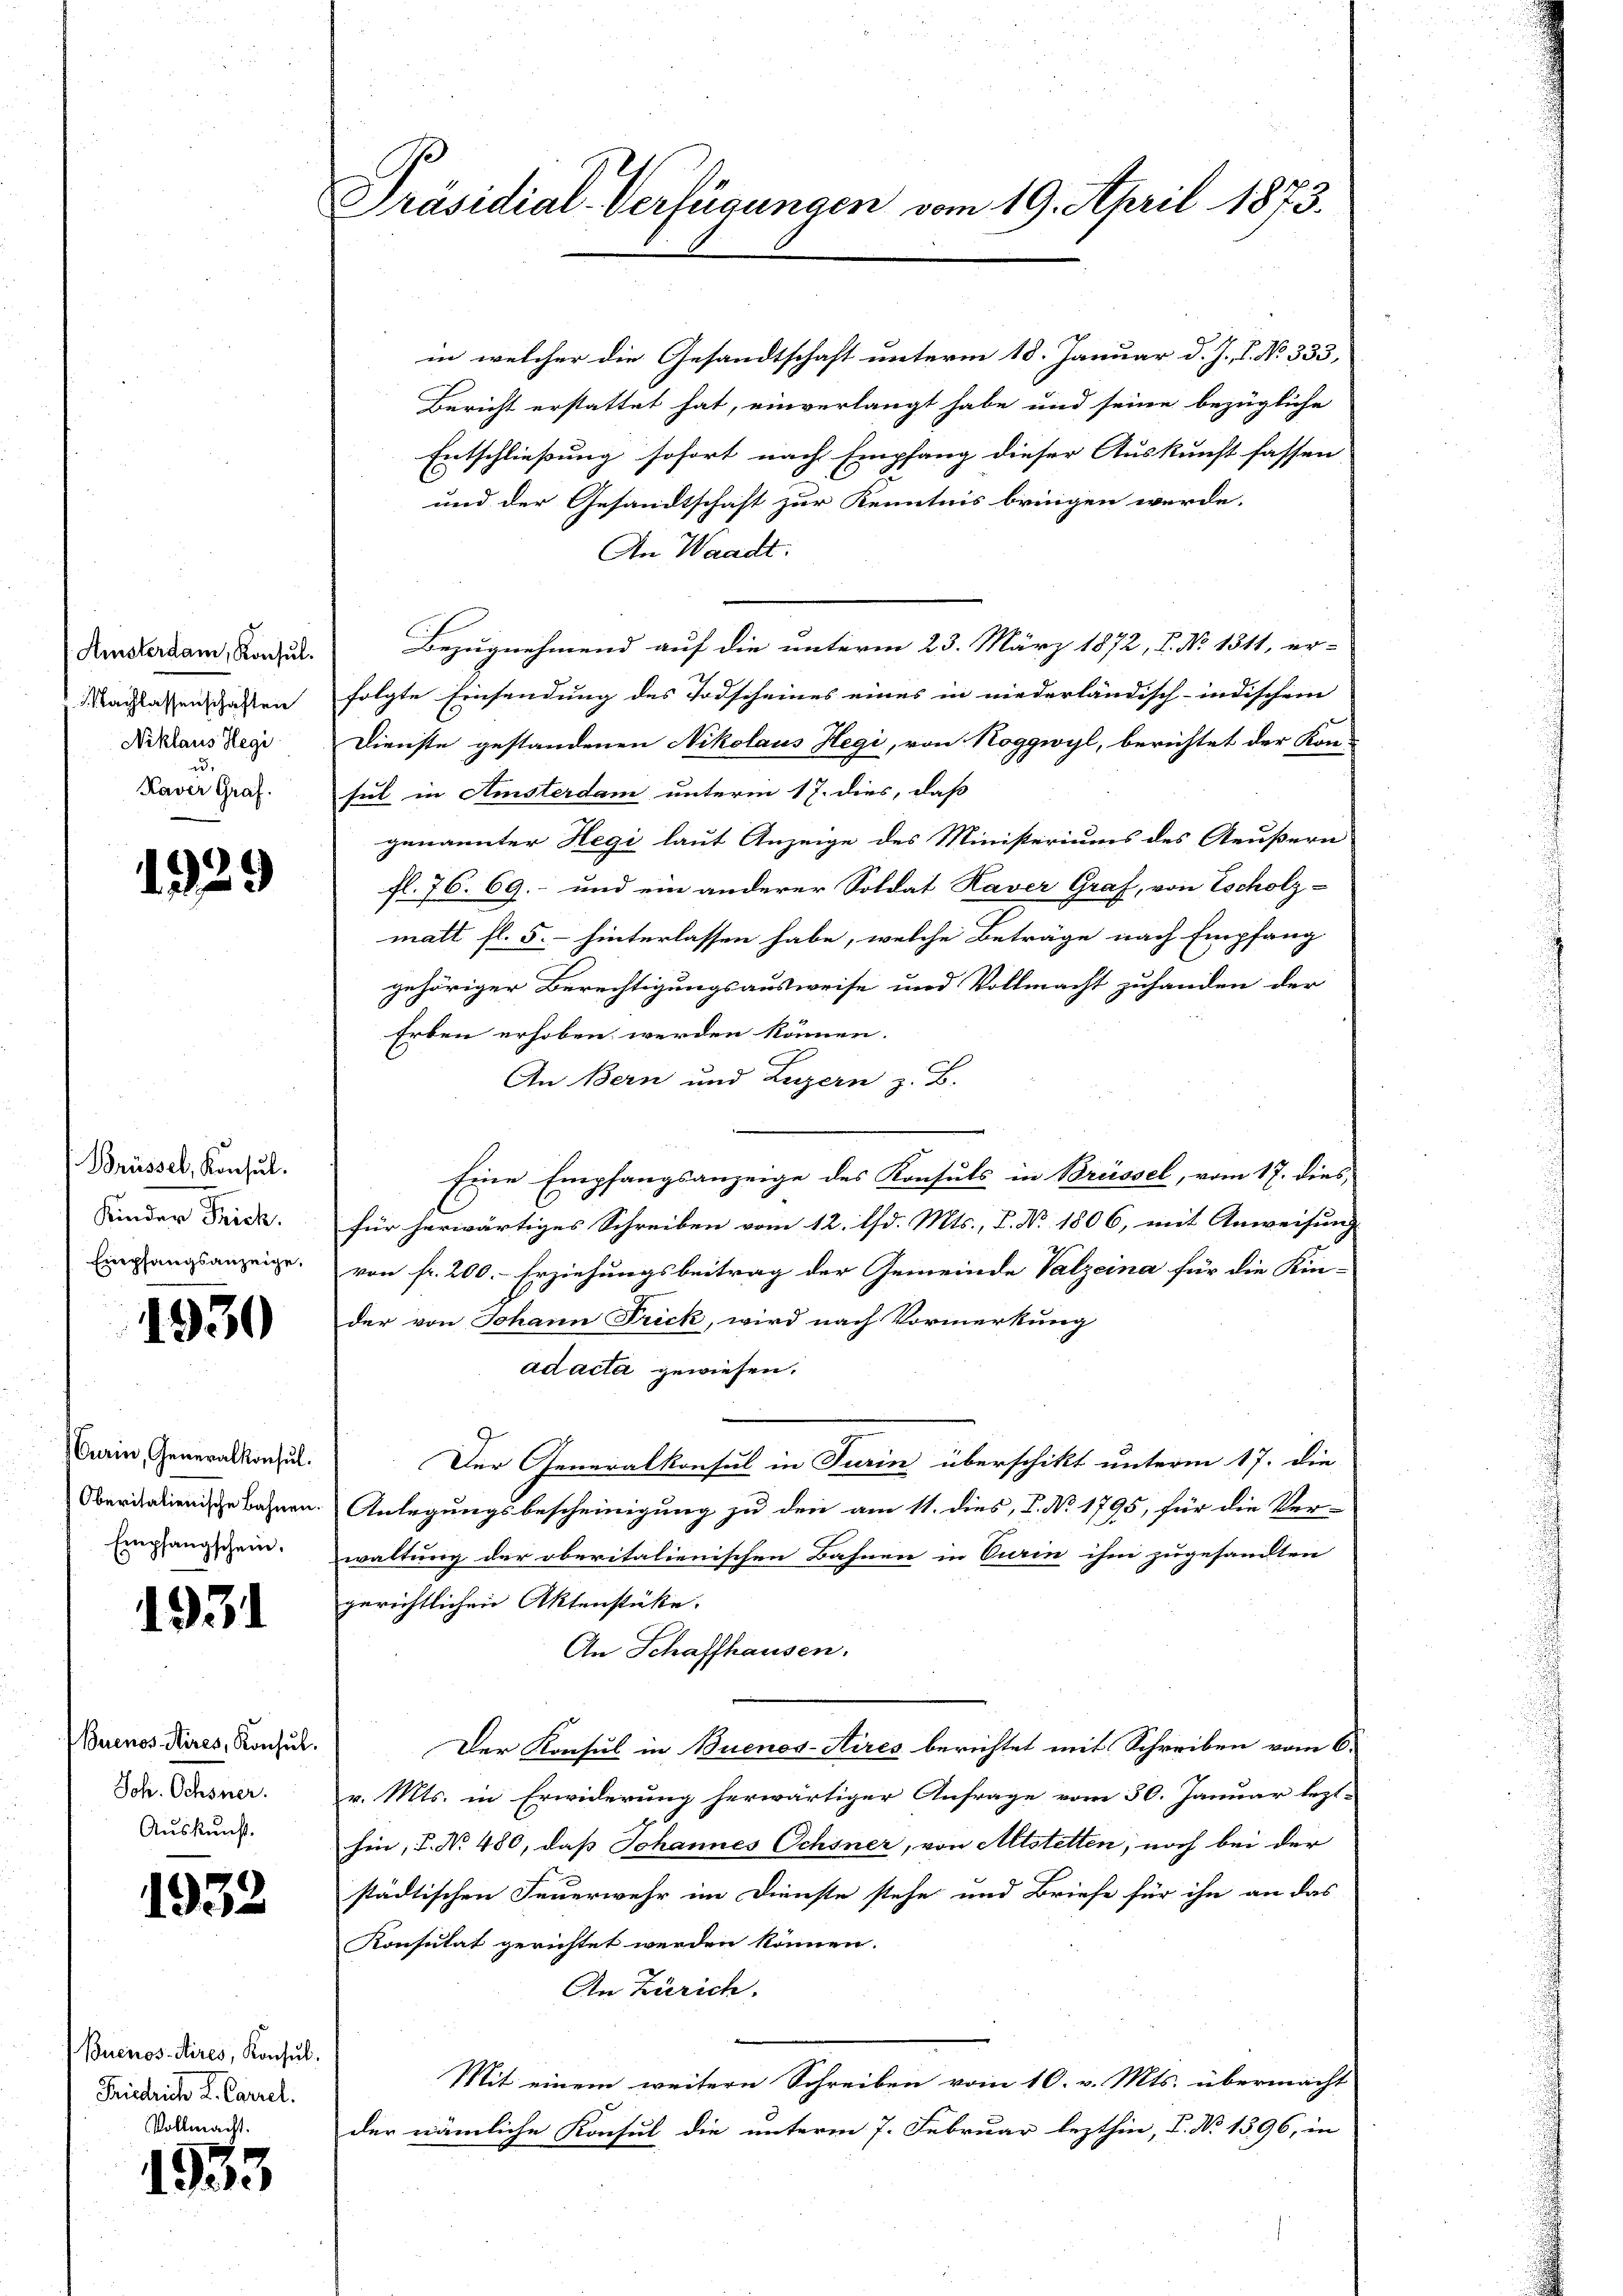
Amsterdam, Konsul¬
1 Nachlassenschaften
Niklaus Hegi
Kaver Graf.

1929

Brüssel, Konsul.
Kinder Frick.
Empfangsanzeige.

1930

Curin, Generalkonsul
Oberitalienische Bahnen
Empfangschein.

1931

Buenos Aires, Konsul
Joh. Ochsner.
Auskunft.

1932.

Buenos-Aires, Konsul
Friedrich L. Carrel.
Vollmacht.

1933

Präsidial-Verfügungen vom 19. April 1873.

in welcher die Gesandtschaft unterm 18. Januar d. J. 1. No. 333,
Bericht erstattet hat, einverlangt habe und seine bezügliche
Entschließung sofort nach Empfang dieser Auskunft fassen
und der Gesandtschaft zur Kenntnis bringen werde.
An Waadt:
Bezugnehmend auf die unterm 23. März 1872, P. No 1311, er-
folgte Einsendung des Todscheines eines in niederländisch-indischem |
Dienste gestandenen Nikolaus Hegi, von Roggwyl, berichtet der Komsul in Amsterdam unterm 17. dies, daß
genannter Hegi laut Anzeige des Ministeriums des Aeußern
fl. 76. 69.- und ein anderer Soldat Haver Graf, von Escholz-
matt fl. 5. hinterlassen habe, welche Beträge nach Empfang
gehöriger Berechtigungsausweise und Vollmacht zuhanden der
Erben erhoben werden können.
An Bern und Luzern z. B.
Eine Empfangsanzeige des Konsuls in Brüssel, vom 17. dies,
für herwärtiges Schreiben vom 12. d. Mts., S. Nr. 1806, mit Anweisung
von fr. 200.- Erziehungsbeitrag der Gemeinde Valzeina für die Kin-
der von Johann Frick, wird nach Vormerkung
ad acta gewiesen.
Der Generalkonsul in Turin überschikt unterm 17. die
Anlegungsbescheinigung zu den am 11. dies, P. Nr. 1795, für die Ver-
waltung der oberitalienischen Bahnen in Turin ihm zugesandten
gerichtlichen Aktenstücke.
An Schaffhausen.
Der Konsul in Buenos-Aires berichtet mit Schreiben vom 6.
v. Mts. in Erwiderung herwärtiger Anfrage vom 30. Januar lezt-
hin, d. No. 480, daß Johannes Ochsner, von Altstetten, noch bei der
städtischen Feuerwehr im Dienste stehe und Briefe für ihn an das
Konsulat gerichtet werden können.
An Zürich.
Mit einem weitern Schreiben vom 10. v. Mts. übermacht
der nämliche Konsul die unterm 7. Februar lezthin, V. No 1396, in